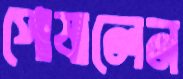
পোষালেন